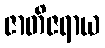
ဇာတိဇရာယ